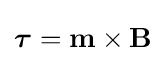
{\boldsymbol {\tau }}=\mathbf {m} \times \mathbf {B}